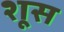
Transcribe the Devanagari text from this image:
शूस